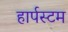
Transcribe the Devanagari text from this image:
हार्पस्टम